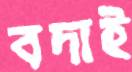
বদাই